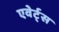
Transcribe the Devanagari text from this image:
एवेर्ट्स